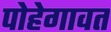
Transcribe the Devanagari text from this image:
पोहेगावत